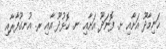
ހަނިމާދޫ އަށާއި ށ. ފޮނަދޫ އަށާއި ނ. ހޮޅުދޫ އާއި ރ. އުނގޫފާރާއި